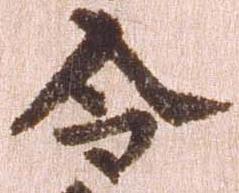
令